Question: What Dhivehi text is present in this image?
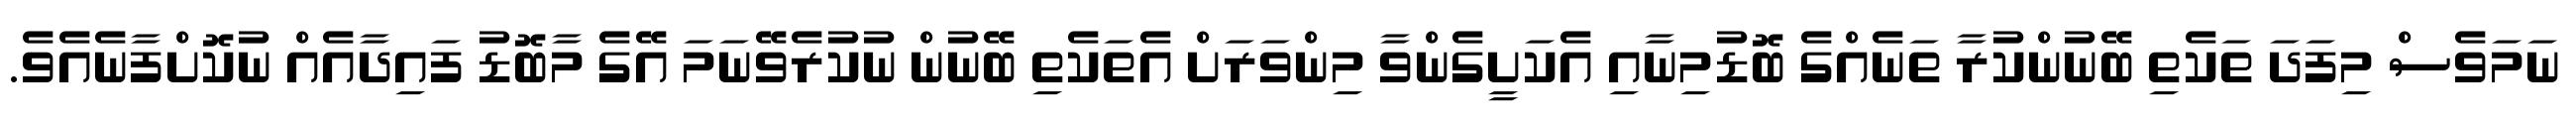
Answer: ނަމަވެސް މިފަދަ ތަކެތި ބޭނުންކުރާ ތަނެއްގެ ބޮޑުމިނާއި އެކަށީގެންވާ މިންވަރަށް އެތަކެތި ބޭނުން ނުކުރެވޭނަމަ އޭގެ މާބޮޑު ފައިދާއެއް ނުކޮށްފާނެއެވެ.